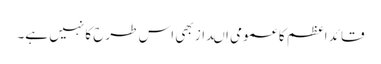
قائد اعظم کا عمومی اںداز بھی اس طرح کا نہیں ہے۔